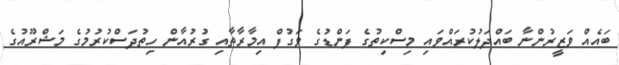
ބައެއް ވަޒީރުންނާ ބައްދަލުކުރައްވައި މިސްކިތުގެ ފަންޑުގެ ވަގުފް އިމާރާތާއި ގުރުއާން ހިތުދަސްކުރުމުގެ މަޝްރޫއުގެ